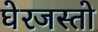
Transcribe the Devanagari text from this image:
घेरजस्तो